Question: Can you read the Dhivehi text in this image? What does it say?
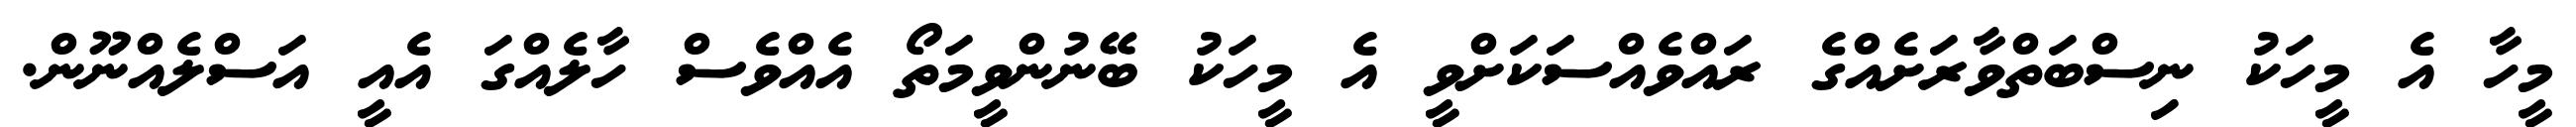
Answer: މީހާ އެ މީހަކު ނިސްބަތްވާރަށެއްގެ ރައްވެއްސަކަށްވީ އެ މީހަކު ބޭނުންވީމަތޯ އެއްވެސް ހާލެއްގަ އެއީ އަސްލެއްނޫން.